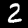
Label: 2